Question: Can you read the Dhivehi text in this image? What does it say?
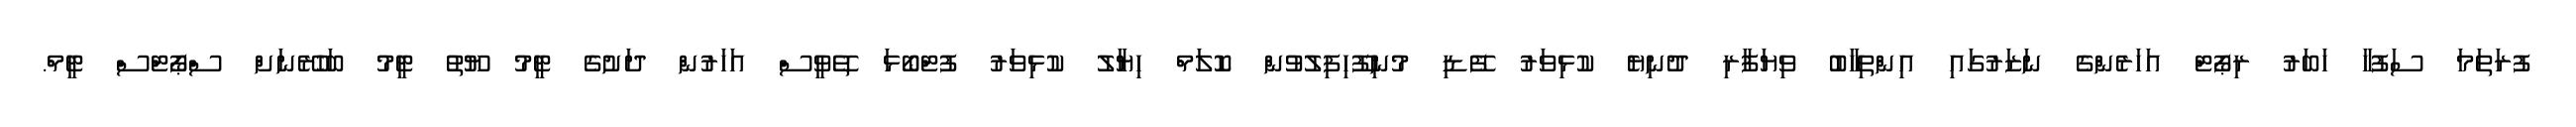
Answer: ފުރަތަމަ ސަފުހާ ހަބަރު ރިޕޯޓް އަހަރެންގެ ނަޒަރުގައި އިންތިހާބު ވިޔަފާރި ދުނިޔެ ކުޅިވަރު ފޭޑި މުނިފޫހިފިލުވުން ކޮލަމް ހިޔާލު ކުޅިވަރު ފުޓްބޯޅަ ތޭވީސް އަހަރުން ދަށުގެ ޓީމު ޔޫތު ޓީމު ބަހުރޭނަށް ސްޕޯޓްސް ޓީމް.